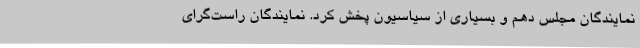
نمایندگان مجلس دهم و بسیاری از سیاسیون پخش کرد. نمایندگان راست‌گرای